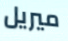
ميريل